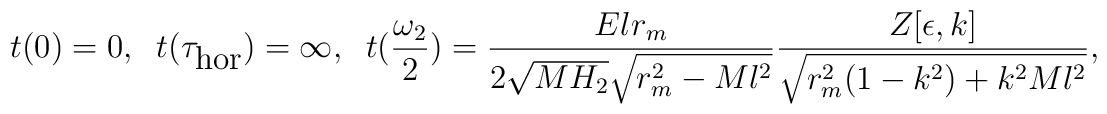
t(0)=0,\;\;t(\tau_{\mbox{hor}})=\infty,\;\;t(\frac{\omega_2}{2})=\frac{Elr_m}{2\sqrt{MH_2}\sqrt{r^2_m-Ml^2}}\frac{Z[\epsilon,k]}{\sqrt{r^2_m(1-k^2)+k^2Ml^2}},